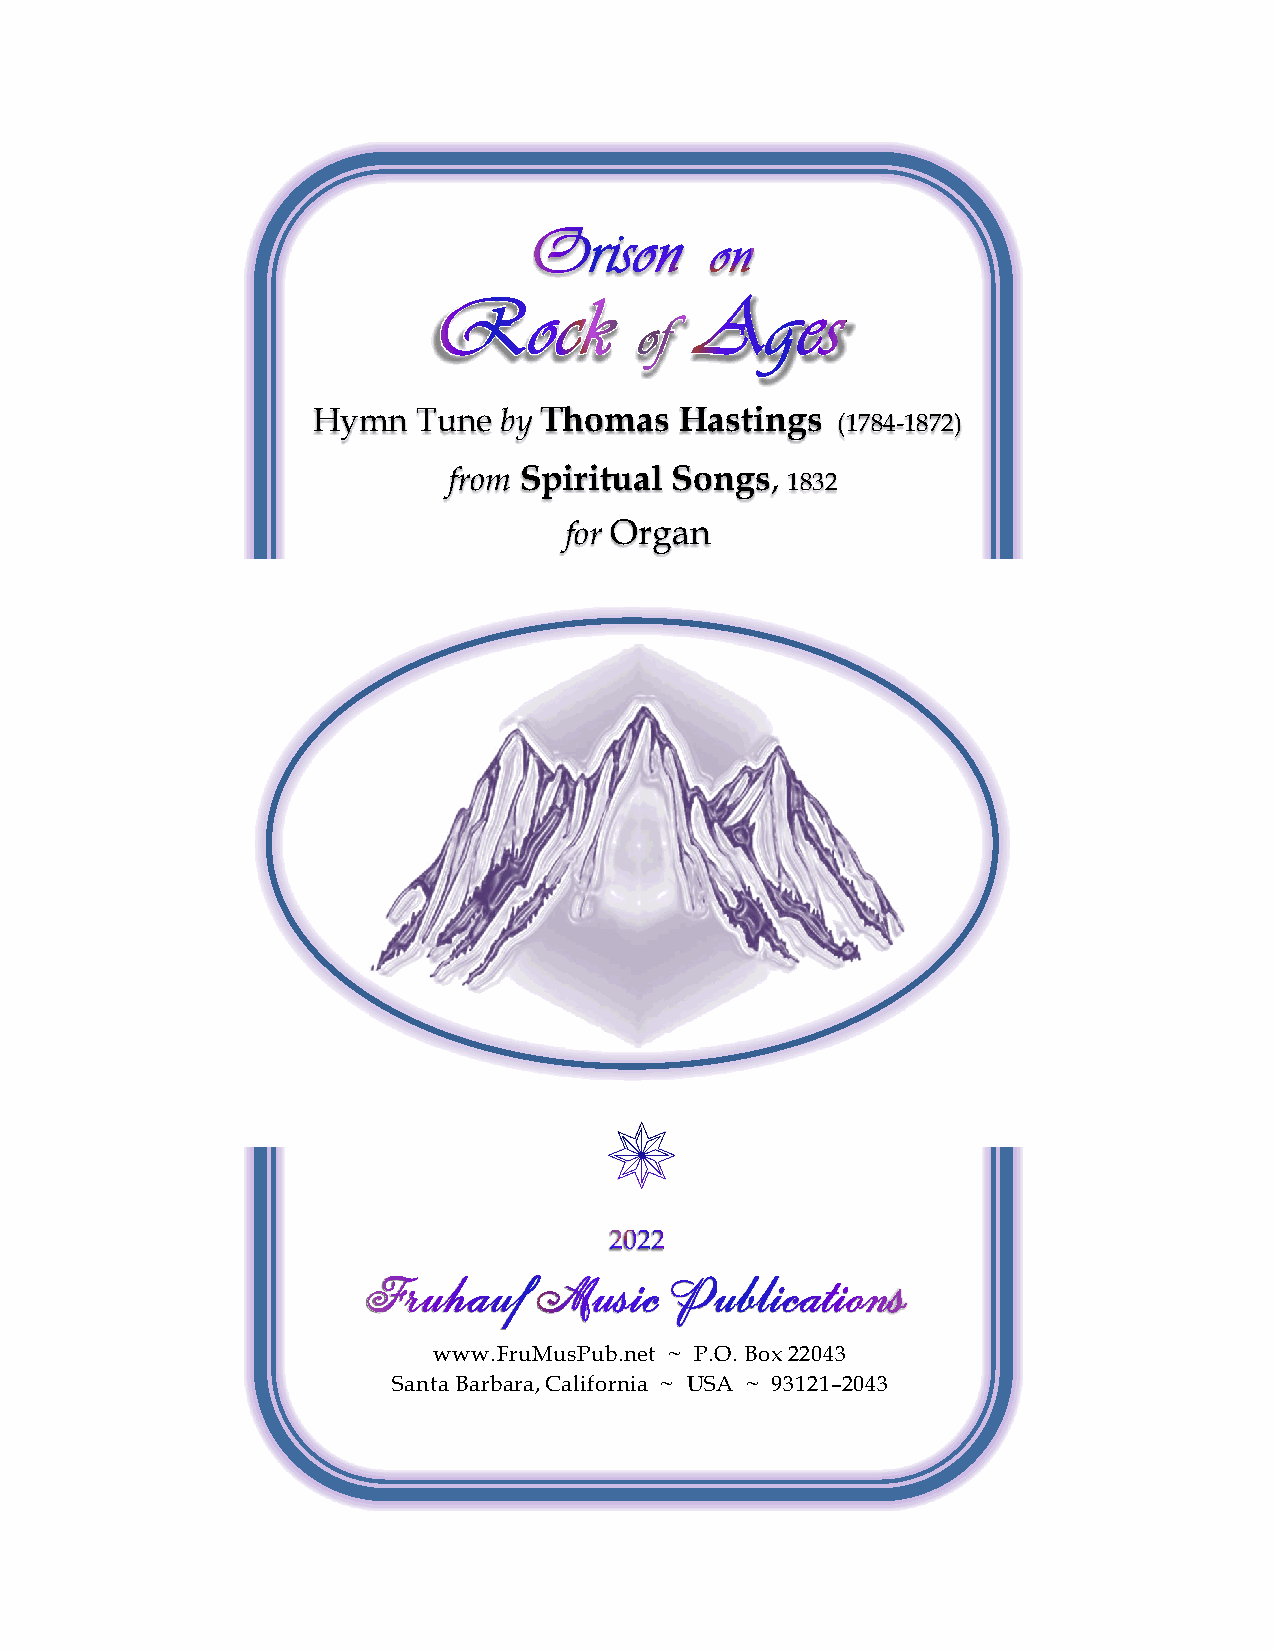
Hymn   Tune by Thomas   Hastings  (1784-1872)
 from Spiritual Songs, 1832
 for Organ
 www.FruMusPub.net ~ P.O. Box 22043
 Santa Barbara,California ~ USA ~ 93121–2043